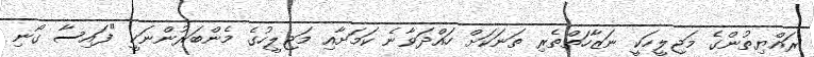
ރައްޔިތުންގެ މަޖިލީހަކީ ނަޒާހަތްތެރި ތަނަކަށް ހައްދަވާނެ ކަމަށާއި މަޖިލީހުގެ މެންބަރުންނަކީ "ފައިސާ ގޯނި